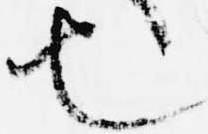
也